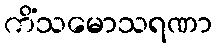
ကိံသမောသရဏာ